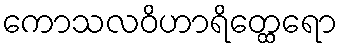
ကောသလဝိဟာရိတ္ထေရော